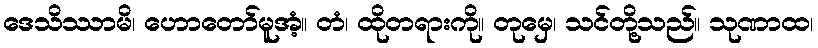
ဒေသိဿာမိ၊ ဟောတော်မူအံ့။ တံ၊ ထိုတရားကို။ တုမှေ၊ သင်တို့သည်။ သုဏာထ၊